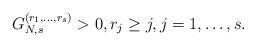
LaTeX: \begin{align*} G_{N,s}^{(r_1,\dots,r_s)}>0,r_j\geq j,j=1,\dots,s.\end{align*}